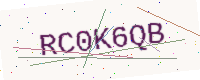
Text: RC0K6QB